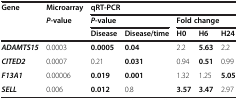
<table><thead><tr><td rowspan="3"><b>Gene</b></td><td><b>Microarray</b></td><td colspan="5"><b>qRT-PCR</b></td></tr><tr><td rowspan="2"><b><i>P-</i>value</b></td><td colspan="2"><b><i>P</i>-value</b></td><td colspan="3"><b>Fold change</b></td></tr><tr><td><b>Disease</b></td><td><b>Disease/time</b></td><td><b>H0</b></td><td><b>H6</b></td><td><b>H24</b></td></tr></thead><tbody><tr><td><b><i>ADAMTS15</i></b></td><td>0.0003</td><td><b>0.0005</b></td><td><b>0.04</b></td><td>2.2</td><td><b>5.63</b></td><td>2.2</td></tr><tr><td><b><i>CITED2</i></b></td><td>0.0007</td><td>0.21</td><td><b>0.031</b></td><td>0.94</td><td><b>0.51</b></td><td>0.99</td></tr><tr><td><b><i>F13A1</i></b></td><td>0.00006</td><td><b>0.019</b></td><td><b>0.001</b></td><td>1.32</td><td>1.25</td><td><b>5.05</b></td></tr><tr><td><b><i>SELL</i></b></td><td>0.006</td><td><b>0.012</b></td><td>0.8</td><td><b>3.57</b></td><td><b>3.47</b></td><td>2.97</td></tr></tbody></table>